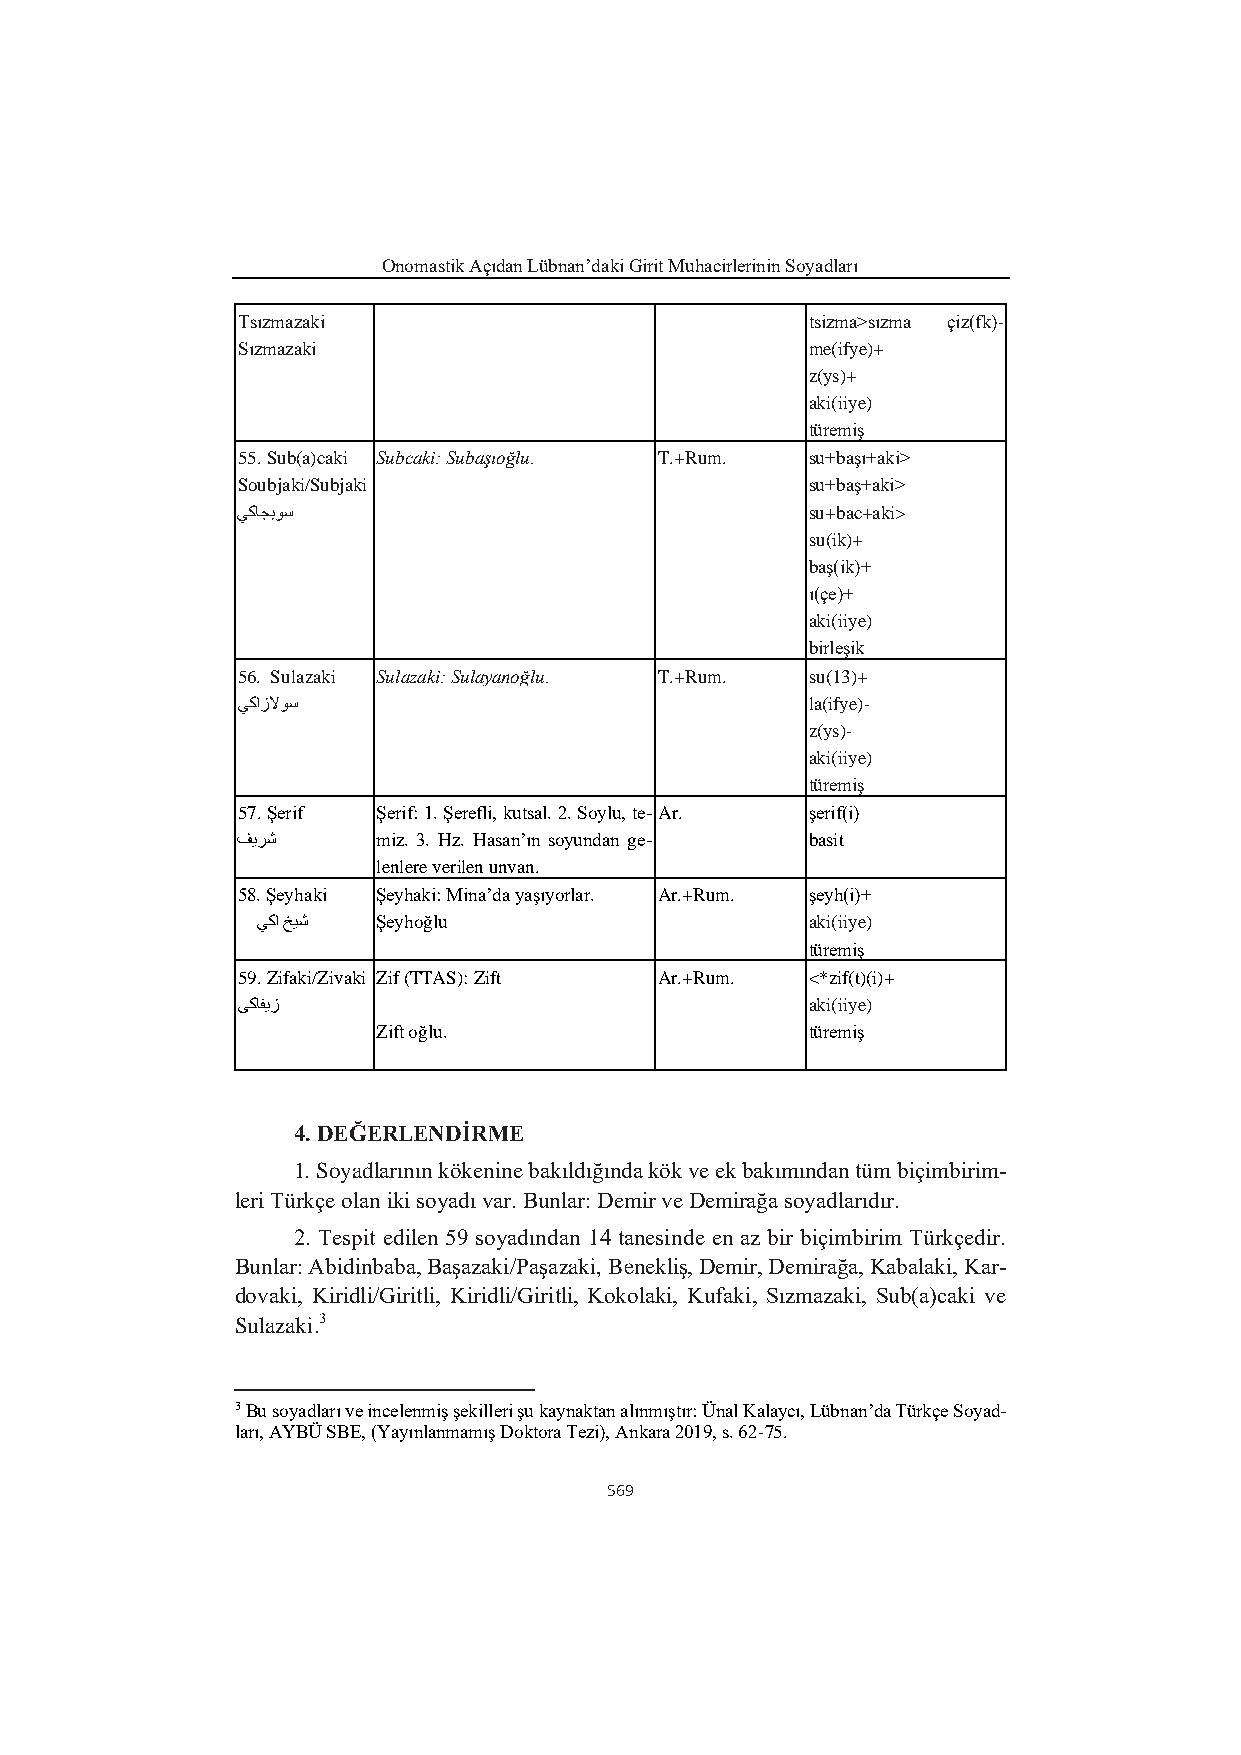
Onomastik Açıdan Lübnan’daki Girit Muhacirlerinin Soyadları
 Tsızmazaki                           tsizma>sızma çiz(fk)-
 Sızmazaki                            me(ifye)+
 z(ys)+
 aki(iiye)
 türemiş
 55. Sub(a)caki Subcaki: Subaşıoğlu. T.+Rum. su+başı+aki>
 Soubjaki/Subjaki                     su+baş+aki>
 ي كاجبوس                             su+bac+aki>
 su(ik)+
 baş(ik)+
 ı(çe)+
 aki(iiye)
 birleşik
 56. Sulazaki Sulazaki: Sulayanoğlu. T.+Rum. su(13)+
 ي كازلاوس                            la(ifye)-
 z(ys)-
 aki(iiye)
 türemiş
 57. Şerif Şerif: 1. Şerefli, kutsal. 2. Soylu, te-Ar. şerif(i)
 ف يرش    miz. 3. Hz. Hasan’ın soyundan ge- basit
 lenlere verilen unvan.
 58. Şeyhaki Şeyhaki: Mina’da yaşıyorlar. Ar.+Rum. şeyh(i)+
 ي كا خ يش Şeyhoğlu                  aki(iiye)
 türemiş
 59. Zifaki/Zivaki Zif (TTAS): Zift Ar.+Rum. <*zif(t)(i)+
 ي كافيز                              aki(iiye)
 Zift oğlu.                  türemiş
 4. DEĞERLENDİRME
 1. Soyadlarının kökenine bakıldığında kök ve ek bakımından tüm biçimbirim-
 leri Türkçe olan iki soyadı var. Bunlar: Demir ve Demirağa soyadlarıdır.
 2. Tespit edilen 59 soyadından 14 tanesinde en az bir biçimbirim Türkçedir.
 Bunlar: Abidinbaba, Başazaki/Paşazaki, Benekliş, Demir, Demirağa, Kabalaki, Kar-
 dovaki, Kiridli/Giritli, Kiridli/Giritli, Kokolaki, Kufaki, Sızmazaki, Sub(a)caki ve
 Sulazaki.3
 3 Bu soyadları ve incelenmiş şekilleri şu kaynaktan alınmıştır: Ünal Kalaycı, Lübnan’da Türkçe Soyad-
 ları, AYBÜ SBE, (Yayınlanmamış Doktora Tezi), Ankara 2019, s. 62-75.
 569